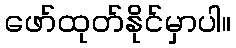
ဖော်ထုတ်နိုင်မှာပါ။